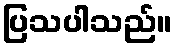
ပြသပါသည်။